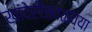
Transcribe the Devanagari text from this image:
खांदेरीजवळच्या